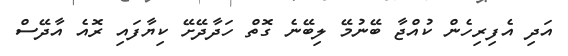
އަދި އެފިރިހެން ކުއްޖާ ބޭނުމޭ ލިބޭނެ ގޮތް ހަދާދޭށޭ ކިޔާފައި ރޮއެ އާދޭސް